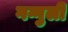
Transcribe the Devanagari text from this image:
गग्गुली